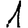
Digit: 1